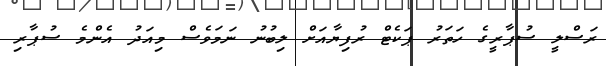
ރަސްލީ ސުޕާރީގެ ހަތަރު ޕަކެޓް ރުފިޔާއަށް ލިބުނު ނަމަވެސް މިއަދު އެންމެ ސުޕާރި